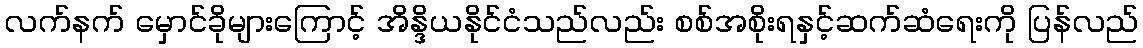
လက်နက် မှောင်ခိုများကြောင့် အိန္ဒိယနိုင်ငံသည်လည်း စစ်အစိုးရနှင့်ဆက်ဆံရေးကို ပြန်လည်